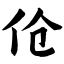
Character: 伧